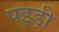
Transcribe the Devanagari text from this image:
पइड़ी